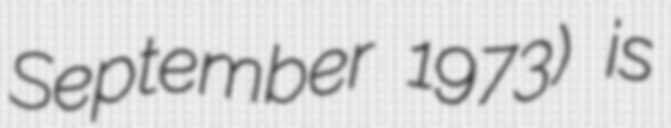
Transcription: September 1973) is